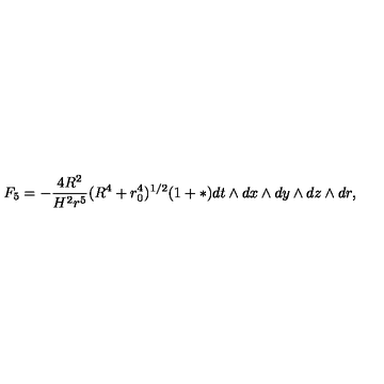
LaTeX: F _ { 5 } = - { \frac { 4 R ^ { 2 } } { H ^ { 2 } r ^ { 5 } } } ( R ^ { 4 } + r _ { 0 } ^ { 4 } ) ^ { 1 / 2 } ( 1 + * ) d t \wedge d x \wedge d y \wedge d z \wedge d r ,